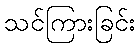
သင်ကြားခြင်း